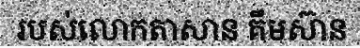
របស់លោកតាសាន គឹមស៊ាន